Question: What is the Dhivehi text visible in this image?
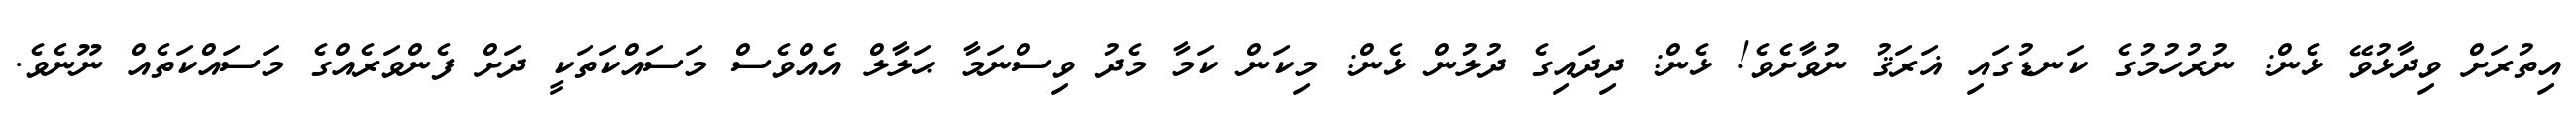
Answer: އިތުރަށް ވިދާޅުވޭ ޅެން: ނުރުހުމުގެ ކަނޑުގައި ޣަރަޤު ނުވާށެވެ! ޅެން: ދިދައިގެ ދުލުން ޅެން: މިކަން ކަމާ މެދު ވިސްނަމާ ޙަލާލް އެއްވެސް މަސައްކަތަކީ ދަށް ފެންވަރެއްގެ މަސައްކަތެއް ނޫނެވެ.